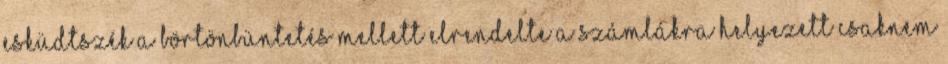
esküdtszék a börtönbüntetés mellett elrendelte a számlákra helyezett csaknem